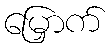
မြှောက်